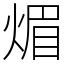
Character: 煝